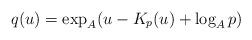
LaTeX: \begin{align*}q(u)=\exp _{A}(u-K_{p}(u)+\log _{A}p)\end{align*}